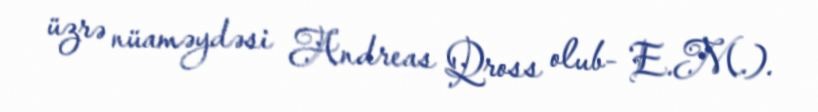
üzrə nüaməydəsi Andreas Qross olub- E.M.).